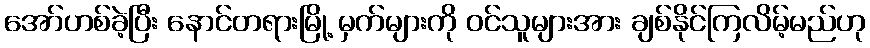
အော်ဟစ်ခဲ့ပြီး နောင်တရားမြို့ မှက်များကို ဝင်သူများအား ချစ်နိုင်ကြလိမ့်မည်ဟု